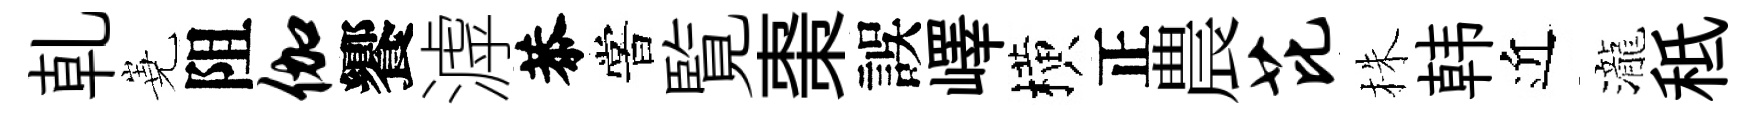
乹嶤阻伽饗滹恭嘗覧棗誤嶧横正農芘株韩近瀧秪